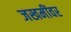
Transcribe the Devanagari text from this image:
जखमींवर